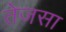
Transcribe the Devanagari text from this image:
तेजसा